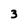
Character: 3